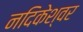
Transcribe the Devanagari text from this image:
नदिकेश्वर